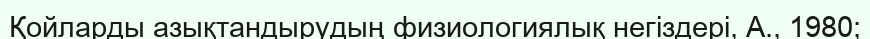
Қойларды азықтандырудың физиологиялық негіздері, А., 1980;